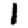
Digit: 1